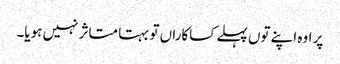
پر اوہ اپنے توں پہلے کساکاراں تو بہتا متاثر نہیں ہویا۔